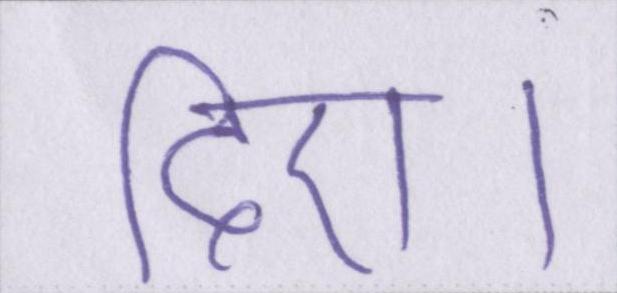
दिए।